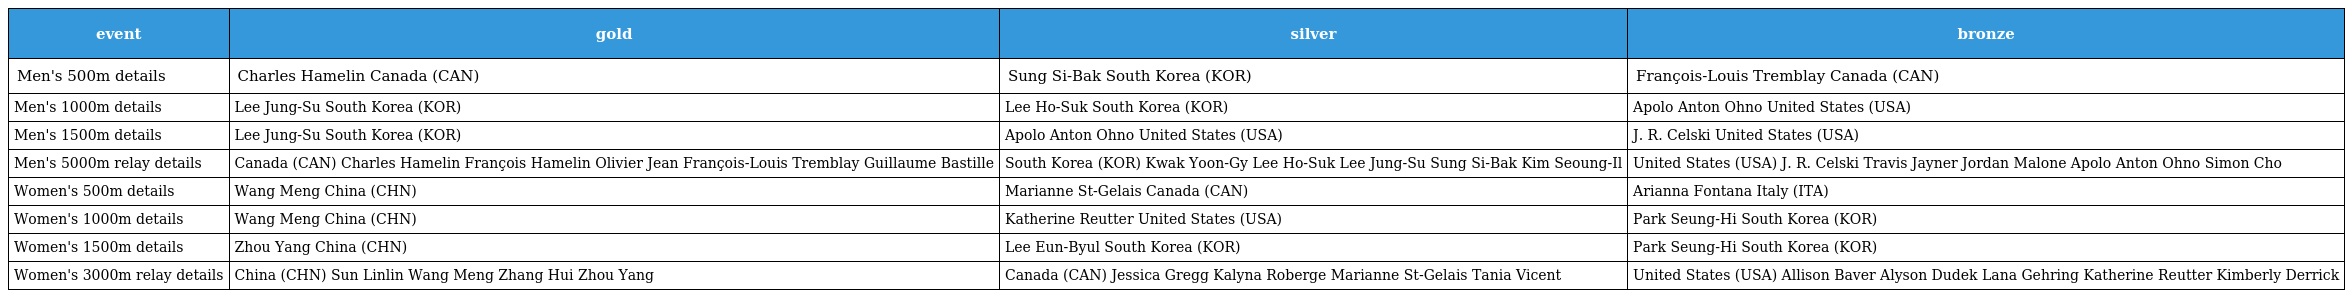
| event | gold | silver | bronze |
 | --- | --- | --- | --- |
 | Men's 500m details | Charles Hamelin Canada (CAN) | Sung Si-Bak South Korea (KOR) | François-Louis Tremblay Canada (CAN) |
 | Men's 1000m details | Lee Jung-Su South Korea (KOR) | Lee Ho-Suk South Korea (KOR) | Apolo Anton Ohno United States (USA) |
 | Men's 1500m details | Lee Jung-Su South Korea (KOR) | Apolo Anton Ohno United States (USA) | J. R. Celski United States (USA) |
 | Men's 5000m relay details | Canada (CAN) Charles Hamelin François Hamelin Olivier Jean François-Louis Tremblay Guillaume Bastille | South Korea (KOR) Kwak Yoon-Gy Lee Ho-Suk Lee Jung-Su Sung Si-Bak Kim Seoung-Il | United States (USA) J. R. Celski Travis Jayner Jordan Malone Apolo Anton Ohno Simon Cho |
 | Women's 500m details | Wang Meng China (CHN) | Marianne St-Gelais Canada (CAN) | Arianna Fontana Italy (ITA) |
 | Women's 1000m details | Wang Meng China (CHN) | Katherine Reutter United States (USA) | Park Seung-Hi South Korea (KOR) |
 | Women's 1500m details | Zhou Yang China (CHN) | Lee Eun-Byul South Korea (KOR) | Park Seung-Hi South Korea (KOR) |
 | Women's 3000m relay details | China (CHN) Sun Linlin Wang Meng Zhang Hui Zhou Yang | Canada (CAN) Jessica Gregg Kalyna Roberge Marianne St-Gelais Tania Vicent | United States (USA) Allison Baver Alyson Dudek Lana Gehring Katherine Reutter Kimberly Derrick |